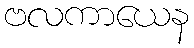
ဗလကာယေန